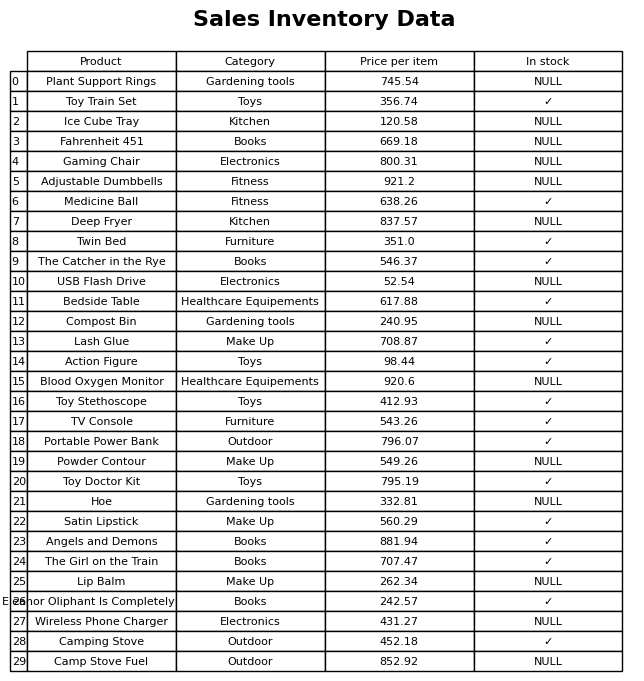
question: What is the price of the Camping Stove?
answer: The price of Camping Stove is 452.18.